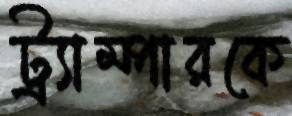
ট্র্যাম্পারকে